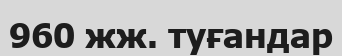
960 жж. туғандар